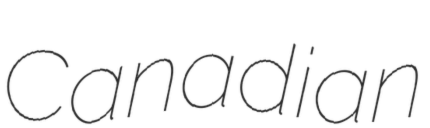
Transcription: Canadian